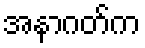
အနာဂတ်က